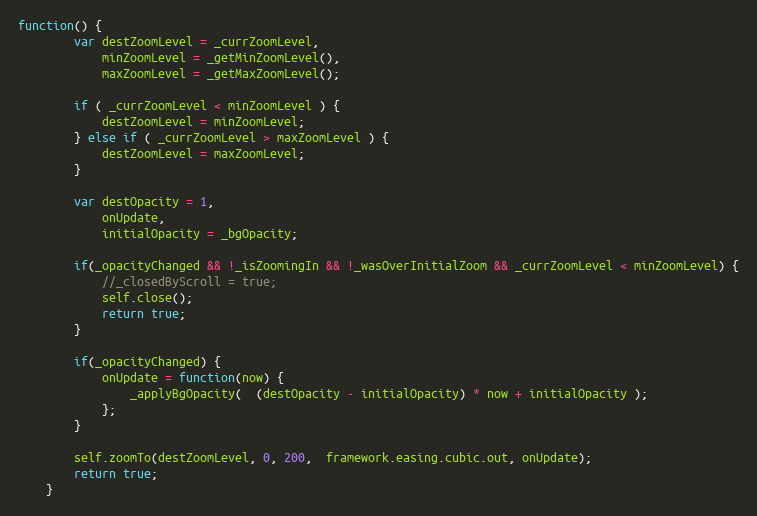
Language: JavaScript
function() {
		var destZoomLevel = _currZoomLevel,
			minZoomLevel = _getMinZoomLevel(),
			maxZoomLevel = _getMaxZoomLevel();

		if ( _currZoomLevel < minZoomLevel ) {
			destZoomLevel = minZoomLevel;
		} else if ( _currZoomLevel > maxZoomLevel ) {
			destZoomLevel = maxZoomLevel;
		}

		var destOpacity = 1,
			onUpdate,
			initialOpacity = _bgOpacity;

		if(_opacityChanged && !_isZoomingIn && !_wasOverInitialZoom && _currZoomLevel < minZoomLevel) {
			//_closedByScroll = true;
			self.close();
			return true;
		}

		if(_opacityChanged) {
			onUpdate = function(now) {
				_applyBgOpacity(  (destOpacity - initialOpacity) * now + initialOpacity );
			};
		}

		self.zoomTo(destZoomLevel, 0, 200,  framework.easing.cubic.out, onUpdate);
		return true;
	}